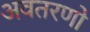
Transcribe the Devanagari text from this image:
अवतरणो